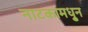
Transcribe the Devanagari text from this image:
नाटकामधु्न